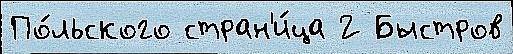
По́льского стран'и́ца 2 Быстров